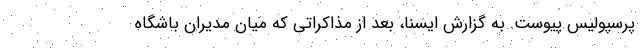
پرسپولیس پیوست. به گزارش ایسنا، بعد از مذاکراتی که میان مدیران باشگاه